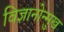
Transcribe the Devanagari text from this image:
विज्ञानोन्मुख